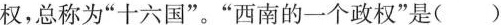
权，总称为”十六国”。”西南的一个政权”是( )